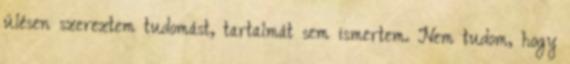
ülésen szereztem tudomást, tartalmát sem ismertem. Nem tudom, hogy